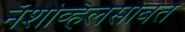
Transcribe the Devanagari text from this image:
नॅशव्हिलसोबत